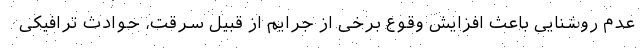
عدم روشنایی باعث افزایش وقوع برخی از جرایم از قبیل سرقت، حوادث ترافیکی